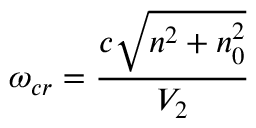
\omega _ { c r } = \frac { c \sqrt { n ^ { 2 } + n _ { 0 } ^ { 2 } } } { V _ { 2 } }